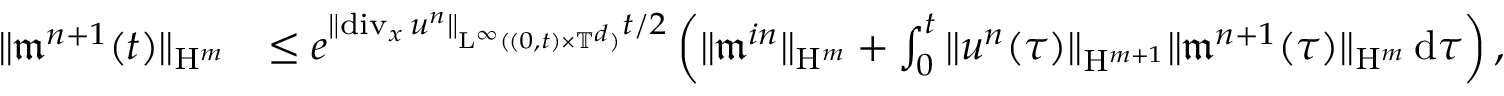
\begin{array} { r l } { \Vert \mathfrak { m } ^ { n + 1 } ( t ) \Vert _ { \mathrm { H } ^ { m } } } & { \leq e ^ { \Vert \mathrm { d i v } _ { x } \, u ^ { n } \Vert _ { \mathrm { L } ^ { \infty } ( ( 0 , t ) \times \mathbb T ^ { d } ) } t / 2 } \left( \Vert \mathfrak { m } ^ { i n } \Vert _ { \mathrm { H } ^ { m } } + \int _ { 0 } ^ { t } \Vert u ^ { n } ( \tau ) \Vert _ { \mathrm { H } ^ { m + 1 } } \Vert \mathfrak { m } ^ { n + 1 } ( \tau ) \Vert _ { \mathrm { H } ^ { m } } \, \mathrm { d } \tau \right) , } \end{array}